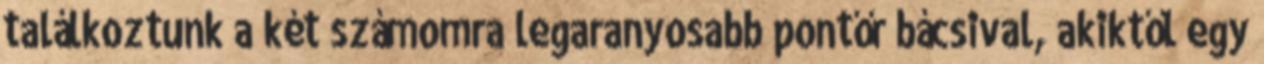
találkoztunk a két számomra legaranyosabb pontőr bácsival, akiktől egy